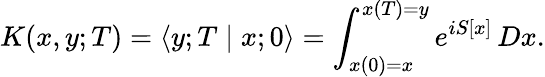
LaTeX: K(x,y;T)=\langle y;T\mid x;0\rangle=\int_{x(0)=x}^{x(T)=y}e^{iS[x]}\, Dx.